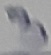
Text: 3